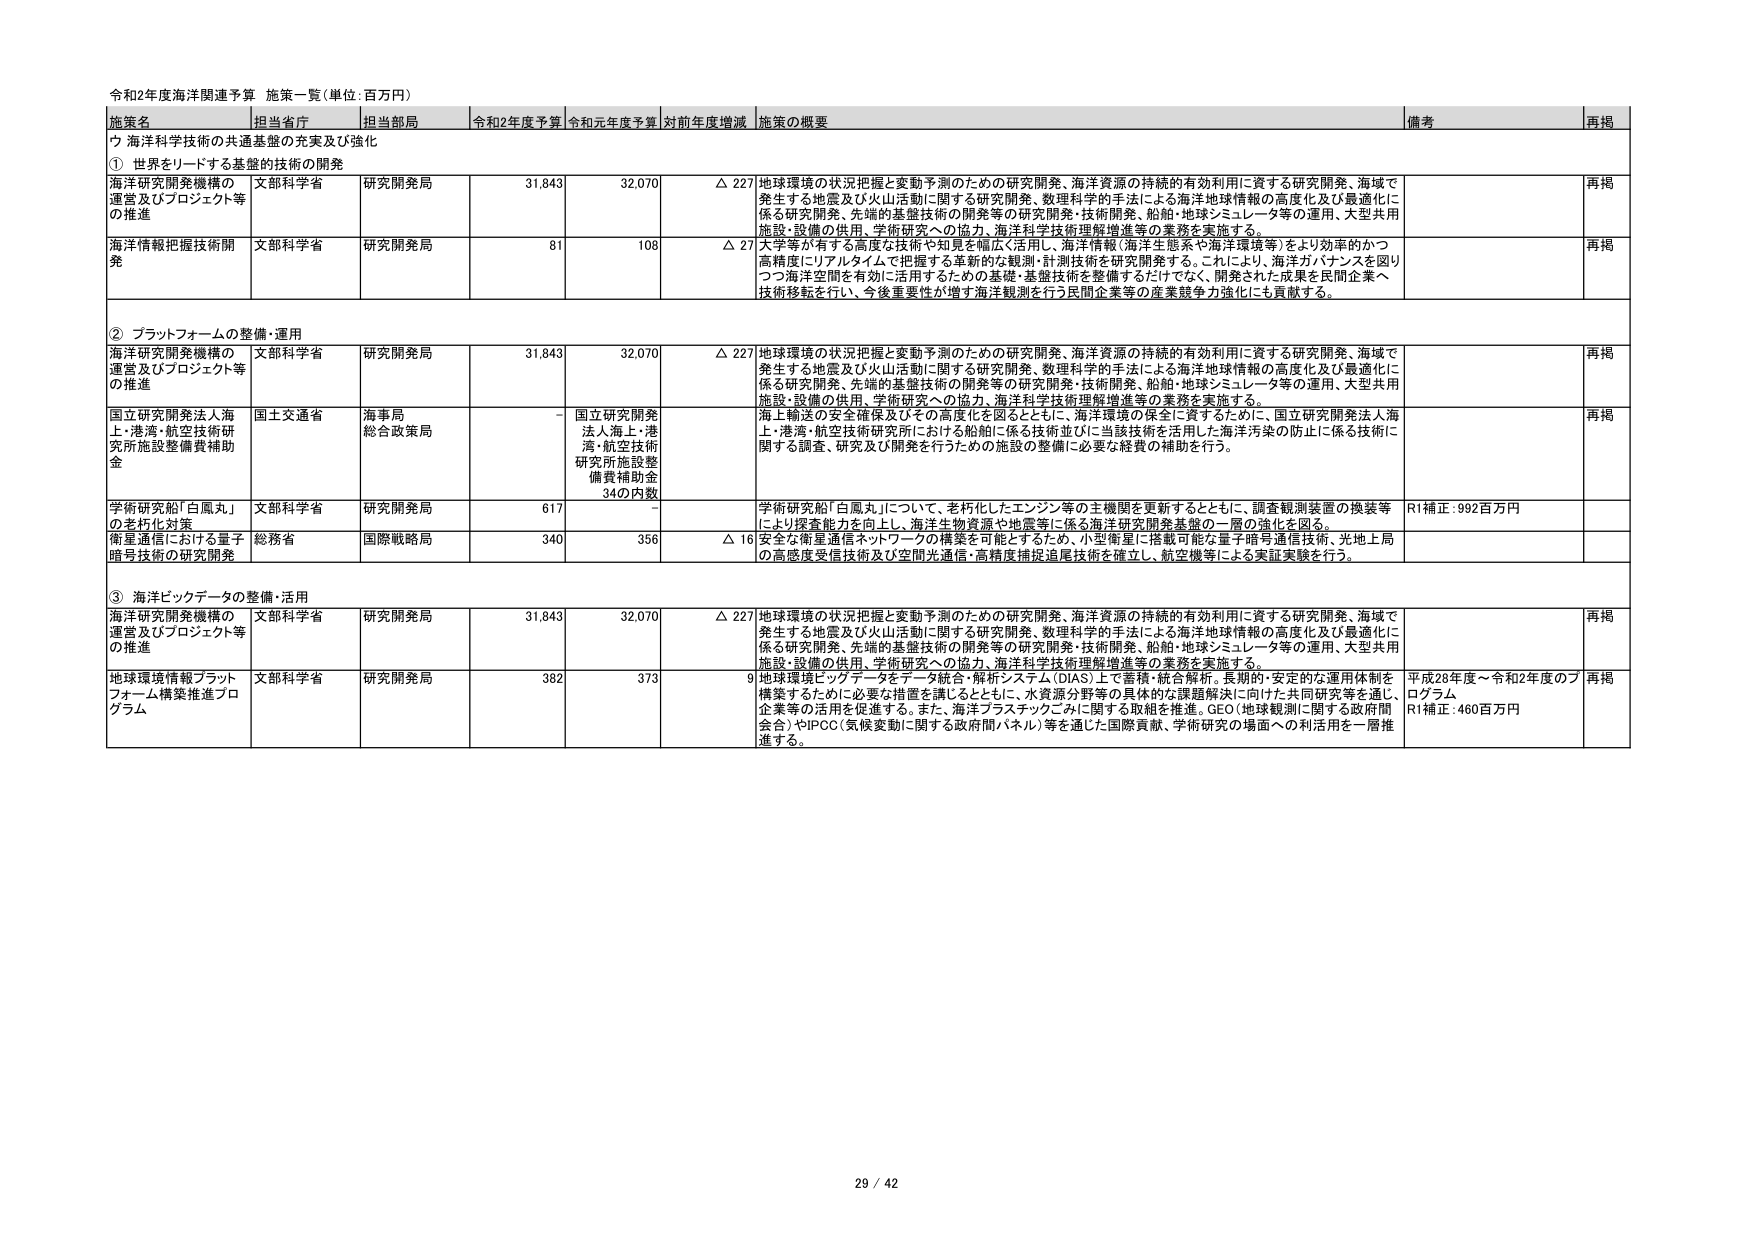
令和2年度海洋関連予算 施策一覧（単位：百万円）

施策名 担当省庁 担当部局 令和2年度予算 令和元年度予算 対前年度増減 施策の概要 備考 再掲

① 世界をリードする基盤的技術の開発

海洋研究開発機構の運営及びプロジェクト等の推進 文部科学省 研究開発局 31,843 32,070 △ 227 地球環境の状況把握と変動予測のための研究開発、海洋資源の持続的有効利用に資する研究開発、海域で発生する地震及び火山活動に関する研究開発、数理科学的手法による海洋地球情報の高度化及び最適化に係る研究開発、先端的基盤技術の開発等の研究開発・技術開発、船舶・地球シミュレータ等の運用、大型共用施設・設備の供用、学術研究への協力、海洋科学技術理解増進等の業務を実施する。 再掲

海洋情報把握技術開発 文部科学省 研究開発局 81 108 △ 27 大学等が有する高度な技術や知見を幅広く活用し、海洋情報（海洋生態系や海洋環境等）をより効率的かつ高精度にリアルタイムで把握する革新的な観測・計測技術を研究開発する。これにより、海洋力バランスを図りつつ海洋空間を有効に活用するための基礎・基盤技術を整備するだけでなく、開発された成果を民間企業へ技術移転を行い、今後重要性が増す海洋観測を行う民間企業等の産業競争力強化にも貢献する。 再掲

② プラットフォームの整備・運用

海洋研究開発機構の運営及びプロジェクト等の推進 文部科学省 研究開発局 31,843 32,070 △ 227 地球環境の状況把握と変動予測のための研究開発、海洋資源の持続的有効利用に資する研究開発、海域で発生する地震及び火山活動に関する研究開発、数理科学的手法による海洋地球情報の高度化及び最適化に係る研究開発、先端的基盤技術の開発等の研究開発・技術開発、船舶・地球シミュレータ等の運用、大型共用施設・設備の供用、学術研究への協力、海洋科学技術理解増進等の業務を実施する。 再掲

国立研究開発法人海上・港湾・航空技術研究所施設整備費補助金 国土交通省 海事局 総合政策局 - 国立研究開発法人海上・港湾・航空技術研究所施設整備費補助金 34の内数 海上輸送の安全確保及びその高度化を図るとともに、海洋環境の保全に資するために、国立研究開発法人海上・港湾・航空技術研究所における船舶に係る技術並びに当該技術を活用した海洋汚染の防止に係る技術に関する調査、研究及び開発を行うための施設の整備に必要な経費の補助を行う。 再掲

学術研究船「白鳳丸」の老朽化対策 文部科学省 研究開発局 617 - 学術研究船「白鳳丸」について、老朽化したエンジン等の主機関を更新するとともに、調査観測装置の換装等により探査能力を向上し、海洋生物資源や地震等に係る海洋研究開発基盤の一層の強化を図る。 R1補正：992百万円

衛星通信における量子暗号技術の研究開発 総務省 国際戦略局 340 356 △ 16 安全な衛星通信ネットワークの構築を可能とするため、小型衛星に搭載可能な量子暗号通信技術、光地上局の高感度受信技術及び空間光通信・高精度捕捉追尾技術を確立し、航空機等による実証実験を行う。

③ 海洋ビッグデータの整備・活用

海洋研究開発機構の運営及びプロジェクト等の推進 文部科学省 研究開発局 31,843 32,070 △ 227 地球環境の状況把握と変動予測のための研究開発、海洋資源の持続的有効利用に資する研究開発、海域で発生する地震及び火山活動に関する研究開発、数理科学的手法による海洋地球情報の高度化及び最適化に係る研究開発、先端的基盤技術の開発等の研究開発・技術開発、船舶・地球シミュレータ等の運用、大型共用施設・設備の供用、学術研究への協力、海洋科学技術理解増進等の業務を実施する。 再掲

地球環境情報プラットフォーム構築推進プログラム 文部科学省 研究開発局 382 373 9 地球環境ビッグデータをデータ統合・解析システム（DIAS）上で蓄積・統合解析、長期的・安定的な運用体制を構築するために必要な措置を講じるとともに、水資源分野等の具体的な課題解決に向けた共同研究等を通じ、企業等の活用を促進する。また、海洋プラスチックごみに関する取組を推進。GEO（地球観測に関する政府間会合）やIPCC（気候変動に関する政府間パネル）等を通じた国際貢献、学術研究の場面への利活用を一層推進する。 平成28年度～令和2年度のプログラム R1補正：460百万円 再掲

29 / 42